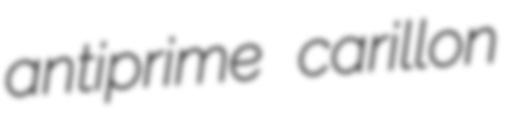
antiprime carillon